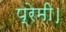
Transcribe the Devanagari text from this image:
प्रेमी।